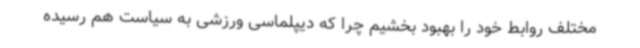
مختلف روابط خود را بهبود بخشیم چرا که دیپلماسی ورزشی به سیاست هم رسیده